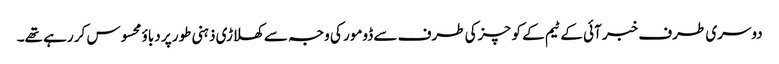
دوسری طرف خبر آئی کے ٹیم کے کوچزکی طرف سے ڈومور کی وجہ سے کھلاڑی ذہنی طور پر دباؤ محسوس کر رہے تھے۔